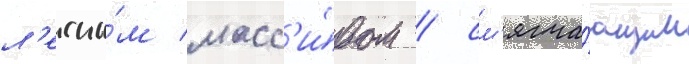
л'есны́м масс'и́вом / см'ягча́ющим